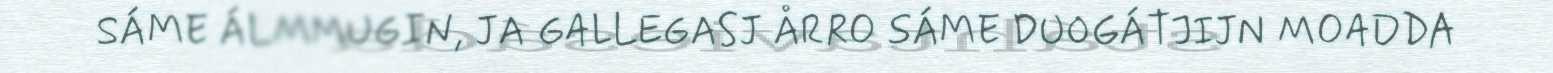
SÁME ÁLMMUGIN, JA GALLEGASJ ÅRRO SÁME DUOGÁTJIJN MOADDA